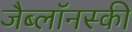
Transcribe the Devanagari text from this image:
जैब्लाॅनस्की